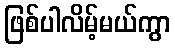
ဖြစ်ပါလိမ့်မယ်ကွာ